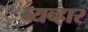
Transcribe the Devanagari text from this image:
ब्यब्हार